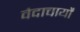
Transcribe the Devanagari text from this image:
वेदाचार्यों